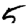
Digit: 5